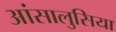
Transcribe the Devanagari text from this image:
आंसालुसिया